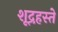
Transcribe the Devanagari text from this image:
शूद्रहस्ते